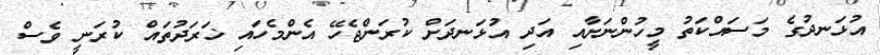
އުޅަނދުގެ މަސައްކަތު މީހުންނަށާއި އަދި އުޅަނދަށް ކުރަންޖެހޭ އެންމެހައި ޚަރަދުތައް ކުރަނީ ވެސް